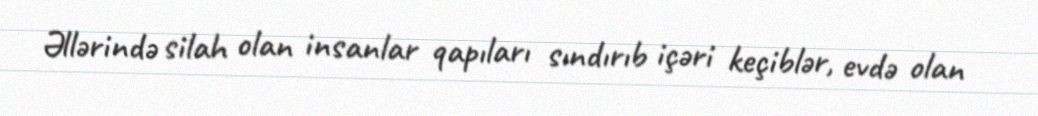
Əllərində silah olan insanlar qapıları sındırıb içəri keçiblər, evdə olan